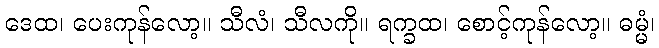
ဒေထ၊ ပေးကုန်လော့။ သီလံ၊ သီလကို။ ရက္ခထ၊ စောင့်ကုန်လော့။ ဓမ္မံ၊